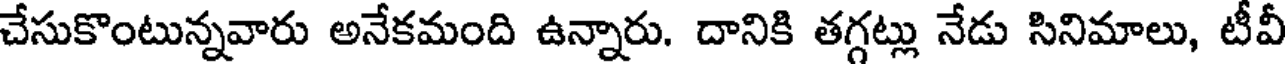
చేసుకొంటున్నవారు అనేకమంది ఉన్నారు. దానికి తగ్గట్లు నేడు సినిమాలు, టీవీ